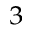
^ 3